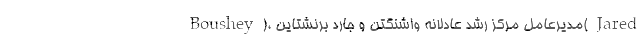
Boushey)، مدیرعامل مرکز رشد عادلانه واشنگتن و جارد برنشتاین(Jared